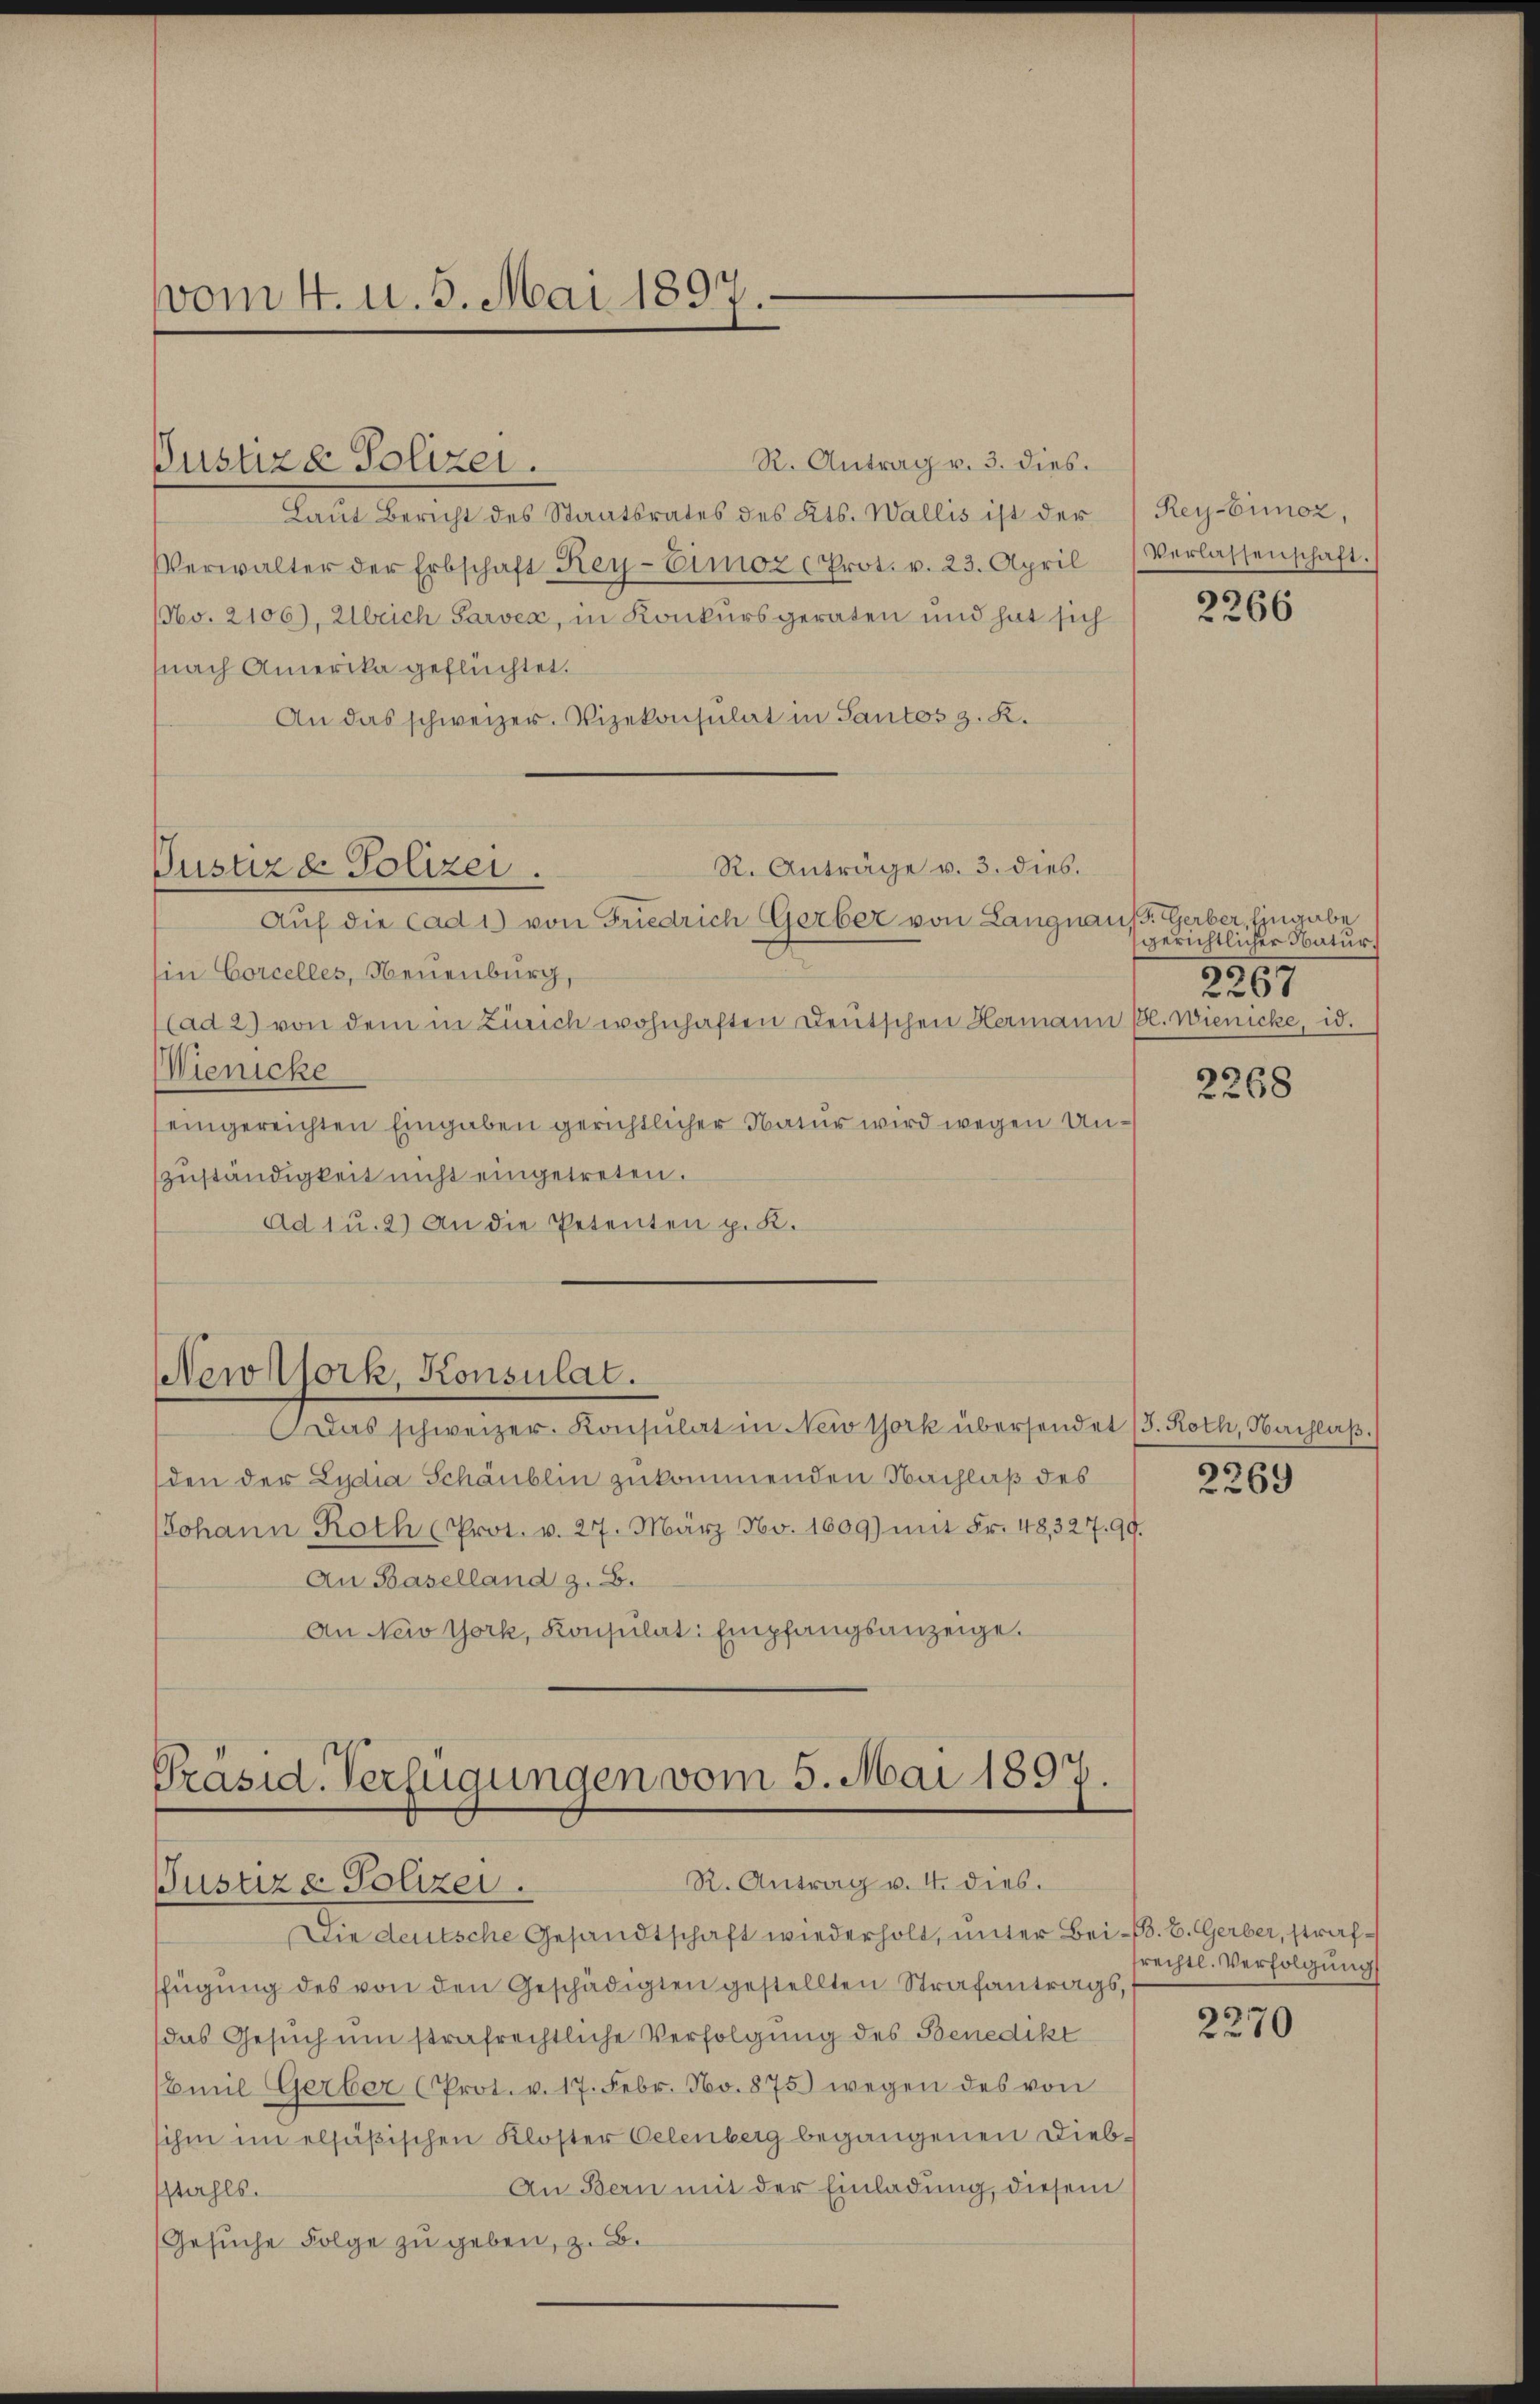
vom 4. u. 5. Mai 1897

Pustiz- Polizei.

Pusure Polizei.

R. Antrag v. 3. dies.
Laut Bericht des Staatsrates des Kts. Wallis ist der
VVerwalter der Erbschaft Rey-Eimoz (Prot. v. 23. April
NNo. 2106), Ulrich Sarvex, in Konkurs geraten und hat sich
nach Amerika geflüchtet.
An das schweizer. Vizekonsulat in Sautos z. R.
R. Anträge v. 3. dies.
Auf die Cad 1) von Friedrich Gerber von Langnaus. Gerber, Eingabe
Ein Corcelles, Neuenburg,
(ad 2) von dem in Zürich wohnhaften Deutschen Hermann Bl. Wienicke, id.
Wienicke
eingereichten Eingaben gerichtlicher Natur wird wegen Unzuständigkeit nicht eingetreten.
Ad 1 u. 2) An die Petenten p. K.

NNewstfork, Konsulat.

Präsid. Verfügungen vom 5. Mai 1897.
R. Antrag v. 4. dies.
Justiz- Polizei.

Rey-Eimoz,
Verlassenschaft.

Das schweizer. Konsulat in New York übersendet (3. Roth, Birchlaß.
den der Lydia Schäublin zukommenden Nachlaß des
Johann Roth (Prot. v. 27. März No. 1609) mit Fr. 48,327. 99.
An Baselland z. B.
An New York, Konsŭlat: Empfangsanzeige.

Die deutsche Gesandtschaft wiederholt, unter Bei-B. B. Gerber, straffügŭng des von den Geschädigten gestellten Strafantrags,
das Gesuch um strafrechtliche Verfolgung des Benedikt
Emil Gerber (Prot. v. 17. Febr. No. 875 wegen des von
ihm im elsäßischen Kloster Oelenberg begangenen Dieb¬
An Bern mit der Einladung, diesem
stahls.
Gesuche Folge zu geben, z. B.

2266

gerichtlicher Natur.
2267

2268

2269

rechtl. Verfolgung

2270